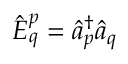
\hat { E } _ { q } ^ { p } = \hat { a } _ { p } ^ { \dagger } \hat { a } _ { q }